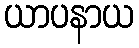
ယာပနာယ